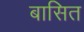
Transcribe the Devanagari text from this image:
बासित